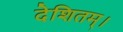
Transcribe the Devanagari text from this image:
देशितम्।